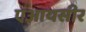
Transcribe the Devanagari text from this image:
एआयसीर